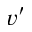
v ^ { \prime }